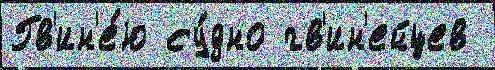
Гв'ин'е́ю су́дно гв'ин'ейцев